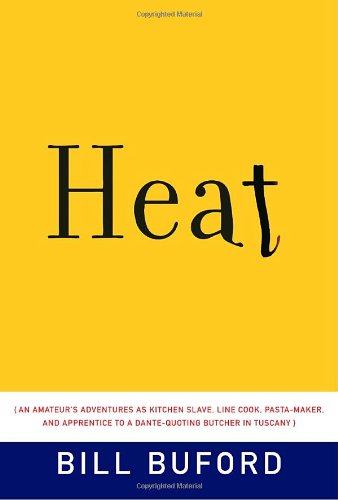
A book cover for Heat: An Amateur's Adventures as Kitchen Slave, Line Cook, Pasta-Maker, and Apprentice to a Dante-Quoting Butcher in Tuscany; Bill Buford; Cookbooks, Food & Wine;